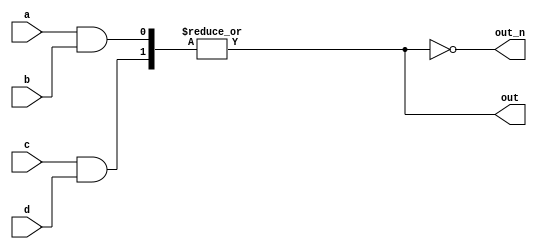
/* module top_module(input a,b,c,d, output out, out_n);
wire two_wire1, two_wire2, one_wire1;
assign two_wire1 = a&b;
assign two_wire2 = c&d;
assign one_wire1 = two_wire1 | two_wire2;
assign out = one_wire1;
assign out_n = ~one_wire1;
endmodule */

module top_module(input a,b,c,d, output out, out_n);
wor one_wire;
assign one_wire = a&b;
assign one_wire  = c&d;
assign out = one_wire;
assign out_n = ~one_wire;
endmodule